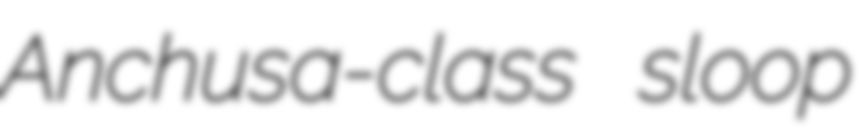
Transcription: Anchusa-class sloop